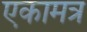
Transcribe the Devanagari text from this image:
एकामत्र